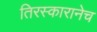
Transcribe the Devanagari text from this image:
तिरस्कारानेच